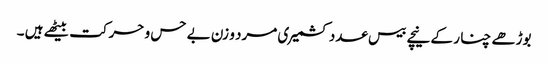
بوڑھے چنا ر کے نیچے بیس عدد کشمیری مرد و زن بے حس و حرکت بیٹھے ہیں ۔